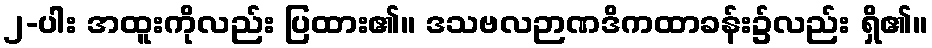
၂-ပါး အထူးကိုလည်း ပြထား၏။ ဒသဗလဉာဏဒိကထာခန်း၌လည်း ရှိ၏။